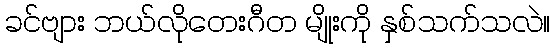
ခင်ဗျား ဘယ်လိုတေးဂီတ မျိုးကို နှစ်သက်သလဲ။